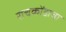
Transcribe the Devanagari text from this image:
राचकोंडाचा